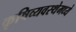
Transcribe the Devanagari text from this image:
कृषिव्यवस्थेमध्ये